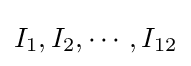
I_{1},I_{2},\cdots ,I_{12}